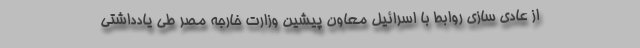
از عادی سازی روابط با اسرائیل معاون پیشین وزارت خارجه مصر طی یادداشتی